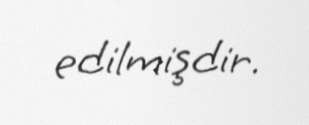
edilmişdir.